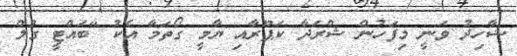
ޝާހިދު ވަނީ މިފަހުން ޝްރަދާ ކަޕޫރާއި ޔާމީ ގޯތަމާ އެކު "ބައްޓީ ގުލް